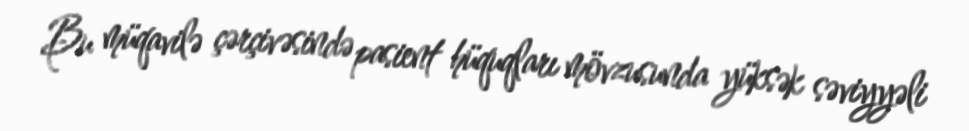
Bu müqavilə çərçivəsində pasient hüquqları mövzusunda yüksək səviyyəli